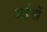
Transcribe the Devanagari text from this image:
अर्हन्तों